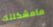
مامشكلتك